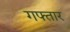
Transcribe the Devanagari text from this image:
गफ्तार